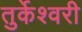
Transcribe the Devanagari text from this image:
तुर्केश्वरी